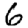
Digit: 6